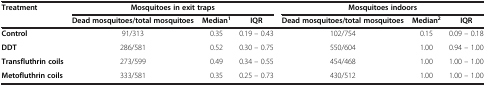
| Treatment | <COLSPAN=3> Mosquitoes in exit traps | <COLSPAN=3> Mosquitoes indoors |
 |  | Dead mosquitoes/total mosquitoes | Median1 | IQR | Dead mosquitoes/total mosquitoes | Median2 | IQR |
 | --- | --- | --- | --- | --- | --- | --- |
 | Control | 91/313 | 0.35 | 0.19 – 0.43 | 102/754 | 0.15 | 0.09 – 0.18 |
 | DDT | 286/581 | 0.52 | 0.30 – 0.75 | 550/604 | 1.00 | 0.94 – 1.00 |
 | Transfluthrin coils | 273/599 | 0.49 | 0.34 – 0.55 | 454/468 | 1.00 | 1.00 – 1.00 |
 | Metofluthrin coils | 333/581 | 0.35 | 0.25 – 0.73 | 430/512 | 1.00 | 1.00 – 1.00 |